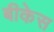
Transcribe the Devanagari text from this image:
बीकेस